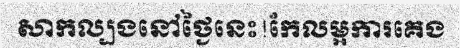
សាកល្បងនៅថ្ងៃនេះ!កែលម្អការគេង